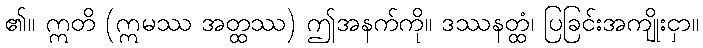
၏။ ဣတိ (ဣမဿ အတ္ထဿ) ဤအနက်ကို။ ဒဿနတ္ထံ၊ ပြခြင်းအကျိုးငှာ။